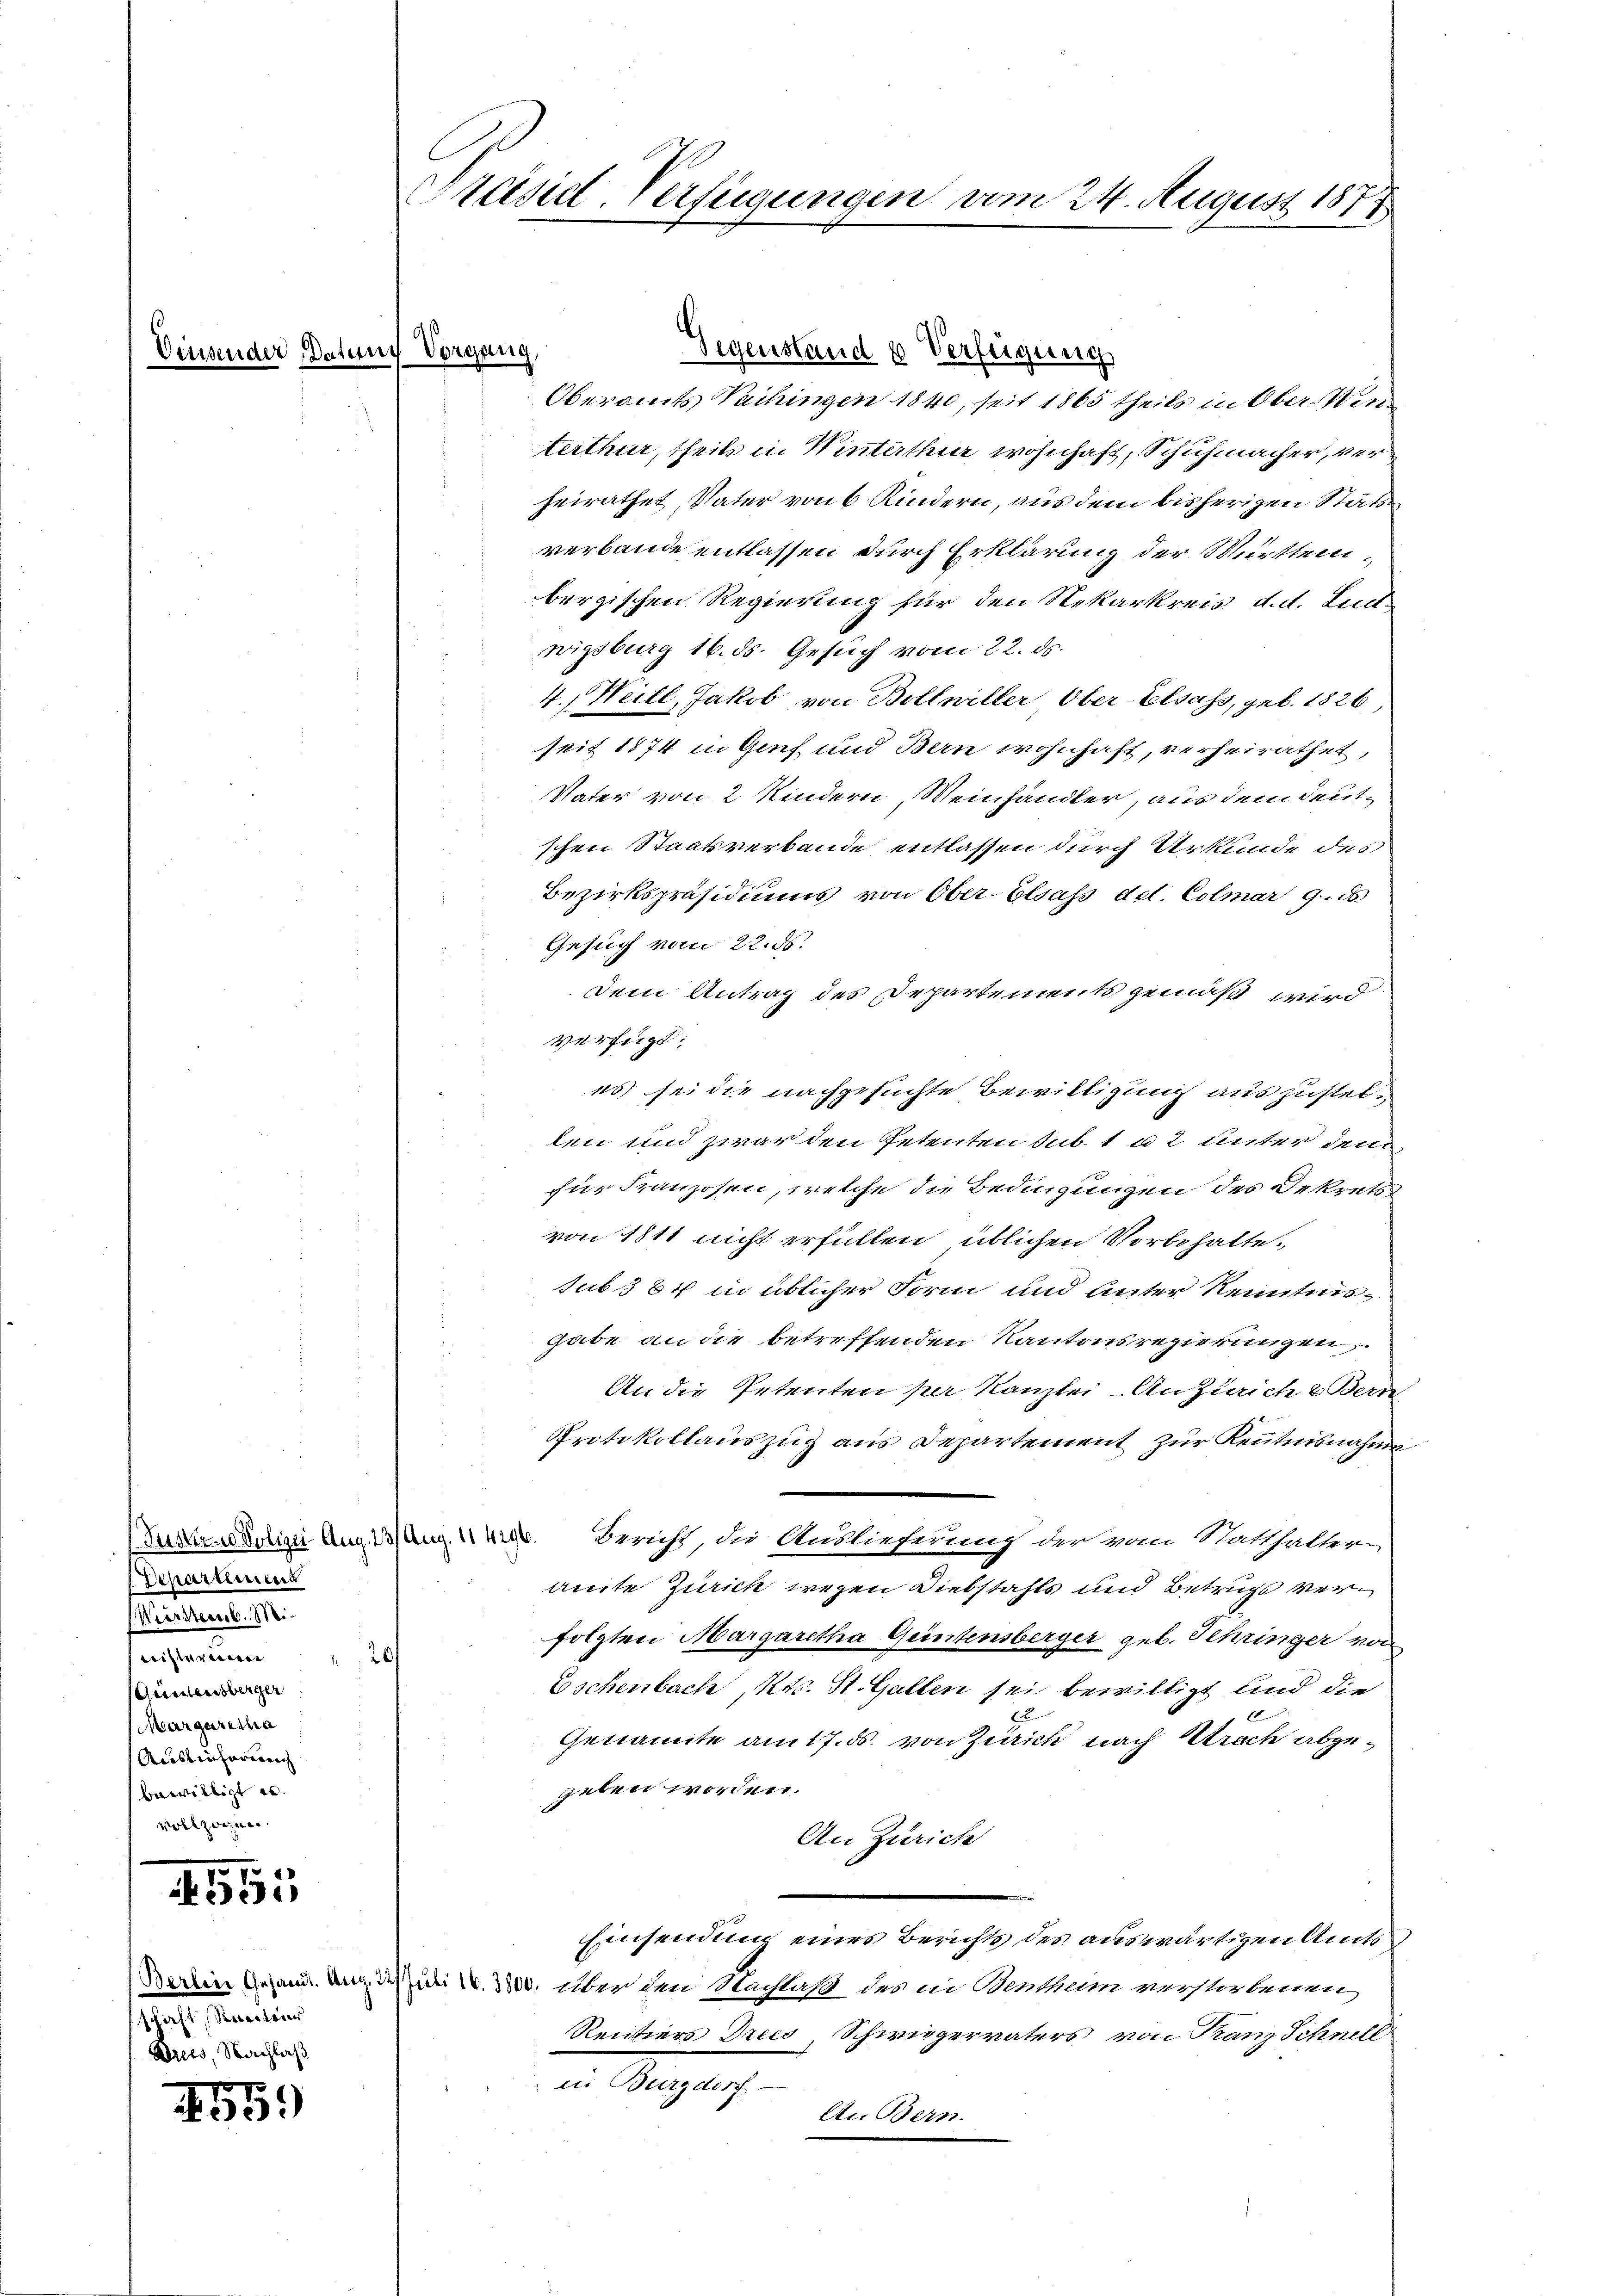
Ceusender Datent

Departemens
iertemb. Mi
seisterung
Günstensberger
Margaretha
Ausliefering
bewilligt es.
vollzogen.
.

535

d
schaft, Simeteur
Dreis, Nachlaß

10 x
09

Präsid-Verfügungen vom 24. August 1877

Vorgang,

20/

Oberamts Vaihingen 1840, seit 1865 theils in Ober-Wenterthur, theils in Winterthur wohnhaft, Schuhmacher, verheirathet, Vater von 6 Kindern, aus dem bisherigen Stats
verbande entlassen durch Erklärung der Muttembergischen Regierung für den Nekarkreis d. d. Ludwigsburg 16. ds. Gesuch vom 22. ds.
4. Heill, Jakob von Bollwiller Ober-Elsass, geb. 1826,
seit 1874 in Genf und Bern wohnhaft, verheirathet,
Vater von 2 Kindern, Weinhändler, aus dem deutschen Staatsverbande entlassen durch Urkunde des
Bezirkspräsidiums von Ober- Elsass del. Colmar 9. d.
Gesuch vom 22. ds.
Dem Antrag des Departements gemäß wird
verfügt:
s) sei die nachgesuchte Bewilligung auszustehe
len und zwar den Petenten sub. 1 a 2 unter dem
für Franzosen, welche die Bedingungen des Dekrets
von 1811 nicht erfüllen üblichen Vorbehaltesub 384 in üblicher Form und Unter Renntnisgabe an die betreffenden Kantonsregierungen.
An die Petenten per Kanzlei- Anzürich & Bern
Protokollauszug aus Departement zur Kenntnisnahme
Fertige Aug. 13 Aug. 14. Bericht, die Auslieferung der vom Statthalten,
amte Zürich wegen Diebstahls und Betrugs verfolgten Margaretha Geintensberger geb. Schringer von
Eschenbach, Kts. St. Gallen sei bewilligt und die
2
Genannte am 17. ds. von Zürich nach Nach abzugeben worden.
An Zürich
Einsendung eines Berichts des auswärtigen Amts
Warten Gesandt. Und des Juli l. 3800. über den Nachlaß des in Bentheim verstorbenen
Rentiers Dreis Schwiegervaters von Franz Schnell
I. Beylag
An Bern.

Gegenstand u Verfügung